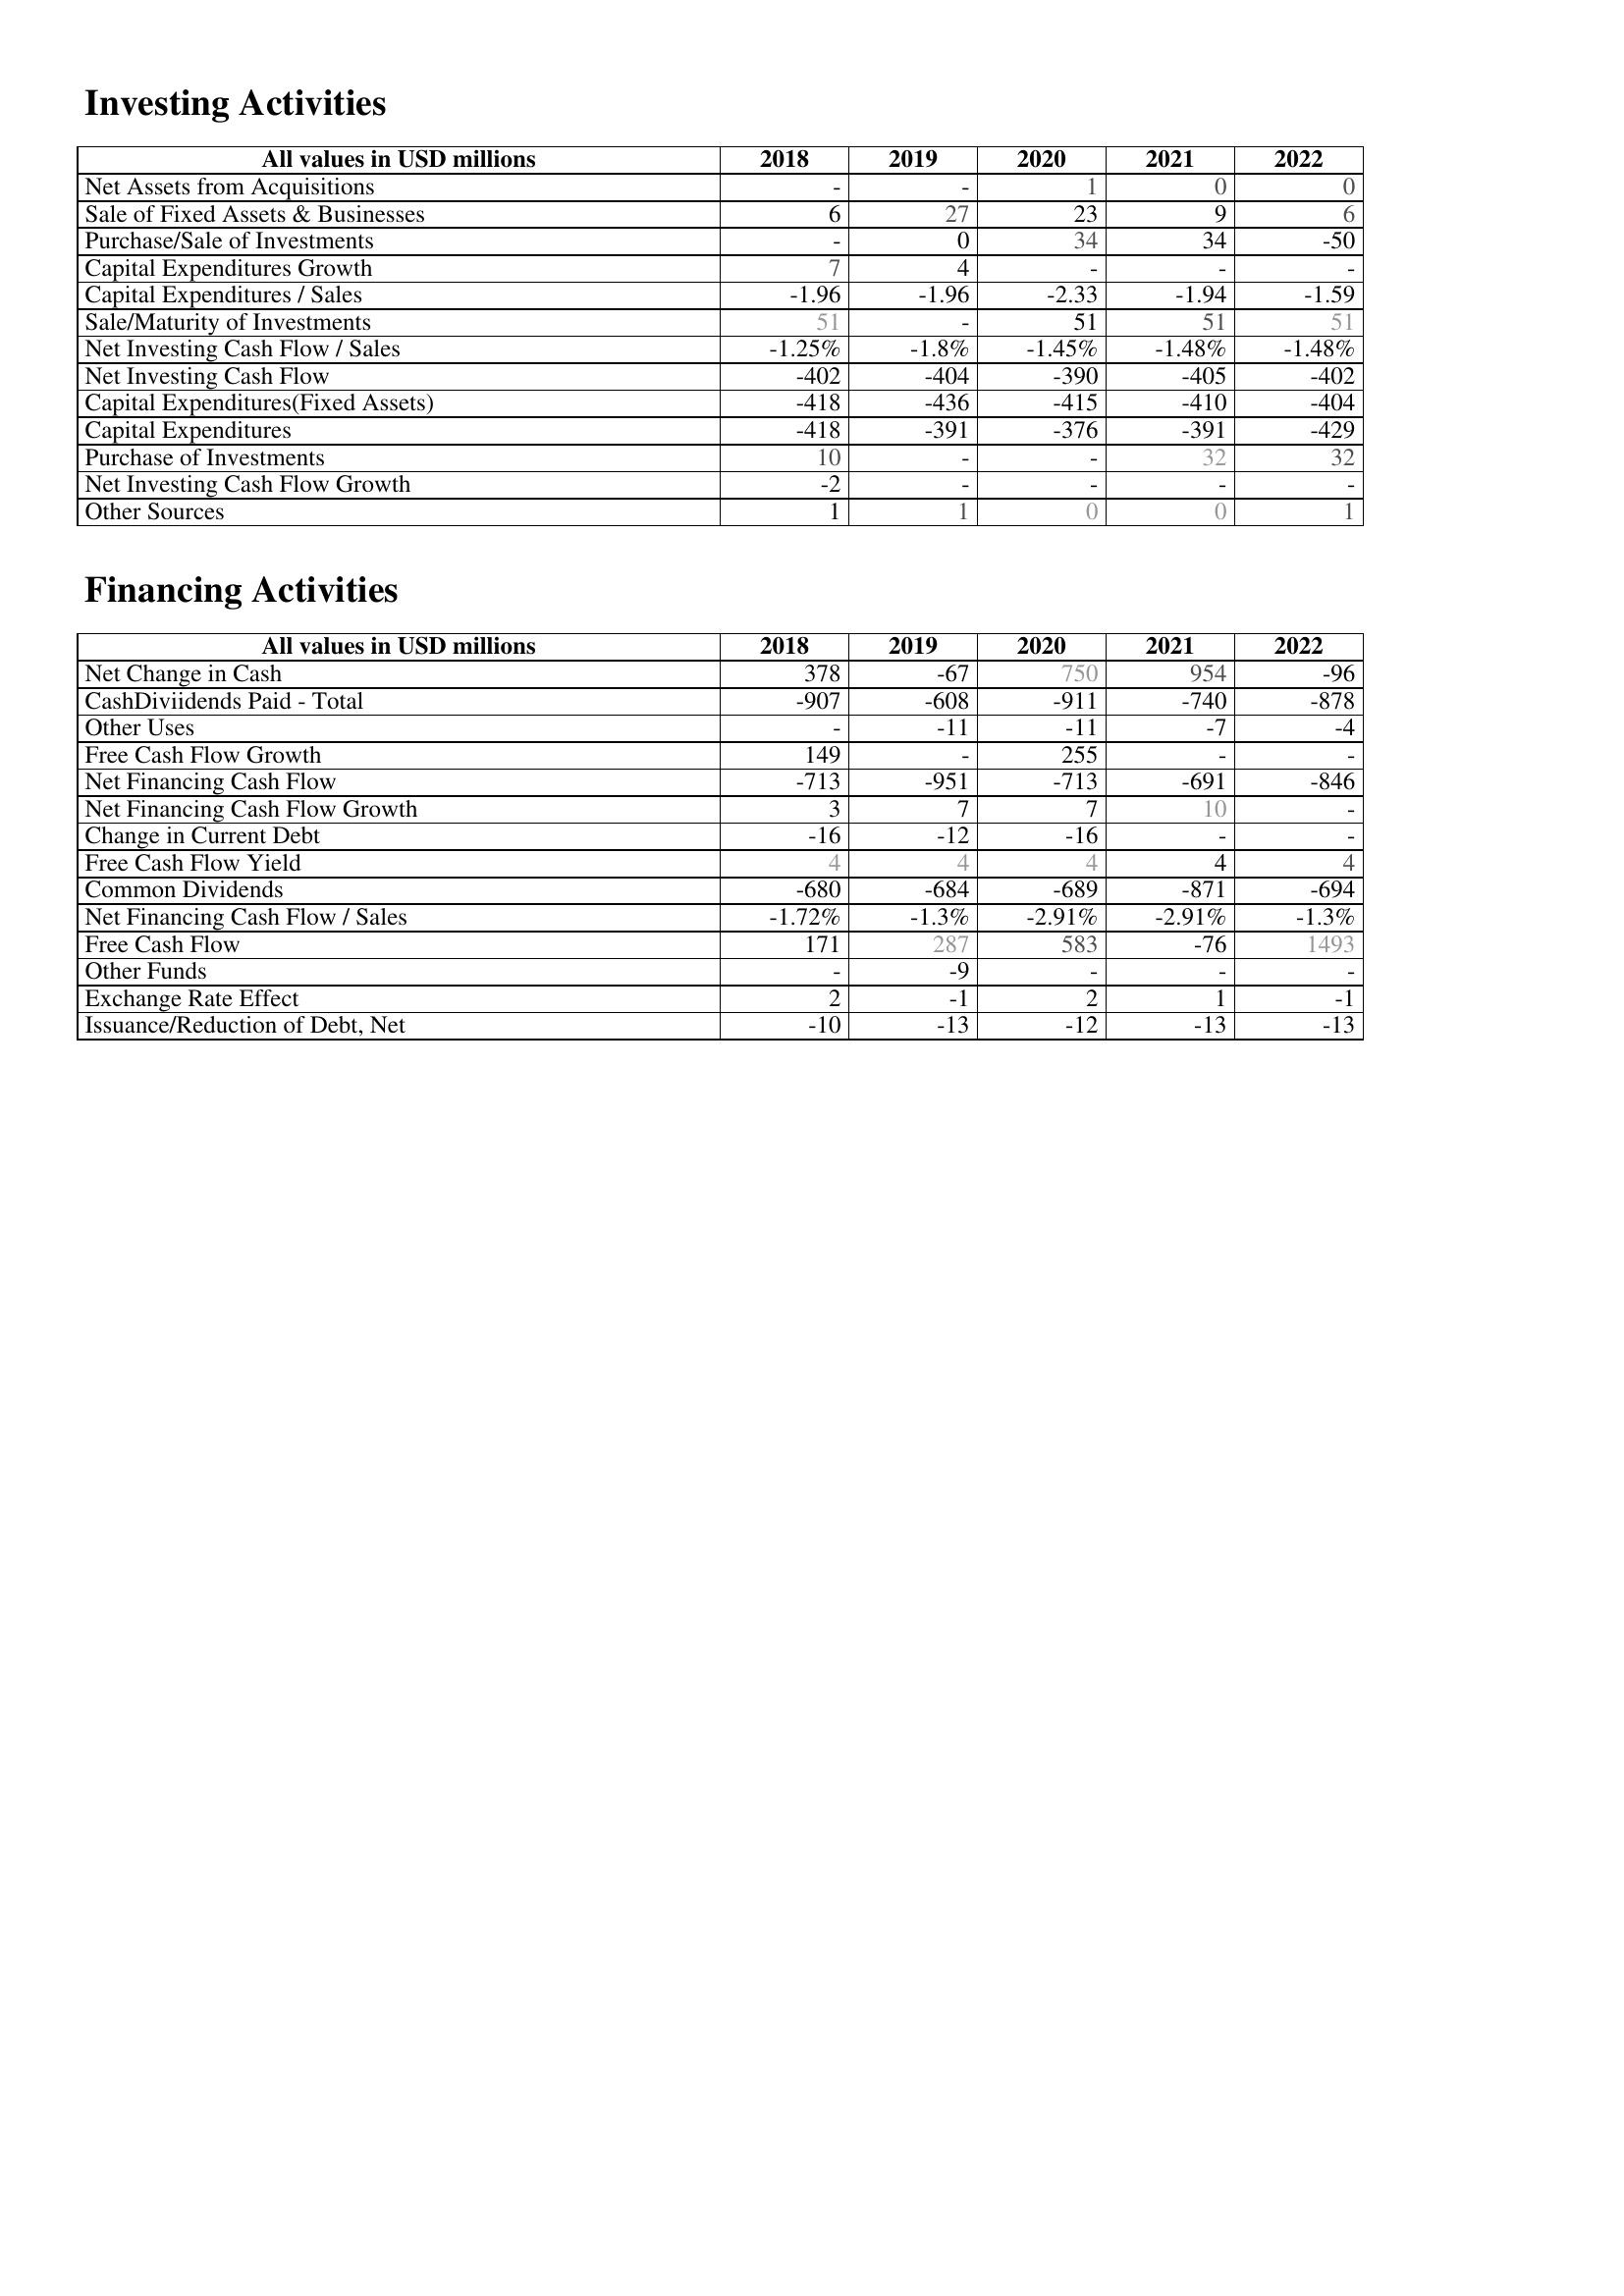
2018: Investing Activities: Net Assets from Acquisitions: -
Sale of Fixed Assets & Businesses: 6
Purchase/Sale of Investments: -
Capital Expenditures Growth: 7
Capital Expenditures / Sales: -1.96
Sale/Maturity of Investments: 51
Net Investing Cash Flow / Sales: -1.25%
Net Investing Cash Flow: -402
Capital Expenditures(Fixed Assets): -418
Capital Expenditures: -418
Purchase of Investments: 10
Net Investing Cash Flow Growth: -2
Other Sources: 1
Financing Activities: Net Change in Cash: 378
CashDiviidends Paid - Total: -907
Other Uses: -
Free Cash Flow Growth: 149
Net Financing Cash Flow: -713
Net Financing Cash Flow Growth: 3
Change in Current Debt: -16
Free Cash Flow Yield: 4
Common Dividends: -680
Net Financing Cash Flow / Sales: -1.72%
Free Cash Flow: 171
Other Funds: -
Exchange Rate Effect: 2
Issuance/Reduction of Debt, Net: -10
2019: Investing Activities: Net Assets from Acquisitions: -
Sale of Fixed Assets & Businesses: 27
Purchase/Sale of Investments: 0
Capital Expenditures Growth: 4
Capital Expenditures / Sales: -1.96
Sale/Maturity of Investments: -
Net Investing Cash Flow / Sales: -1.8%
Net Investing Cash Flow: -404
Capital Expenditures(Fixed Assets): -436
Capital Expenditures: -391
Purchase of Investments: -
Net Investing Cash Flow Growth: -
Other Sources: 1
Financing Activities: Net Change in Cash: -67
CashDiviidends Paid - Total: -608
Other Uses: -11
Free Cash Flow Growth: -
Net Financing Cash Flow: -951
Net Financing Cash Flow Growth: 7
Change in Current Debt: -12
Free Cash Flow Yield: 4
Common Dividends: -684
Net Financing Cash Flow / Sales: -1.3%
Free Cash Flow: 287
Other Funds: -9
Exchange Rate Effect: -1
Issuance/Reduction of Debt, Net: -13
2020: Investing Activities: Net Assets from Acquisitions: 1
Sale of Fixed Assets & Businesses: 23
Purchase/Sale of Investments: 34
Capital Expenditures Growth: -
Capital Expenditures / Sales: -2.33
Sale/Maturity of Investments: 51
Net Investing Cash Flow / Sales: -1.45%
Net Investing Cash Flow: -390
Capital Expenditures(Fixed Assets): -415
Capital Expenditures: -376
Purchase of Investments: -
Net Investing Cash Flow Growth: -
Other Sources: 0
Financing Activities: Net Change in Cash: 750
CashDiviidends Paid - Total: -911
Other Uses: -11
Free Cash Flow Growth: 255
Net Financing Cash Flow: -713
Net Financing Cash Flow Growth: 7
Change in Current Debt: -16
Free Cash Flow Yield: 4
Common Dividends: -689
Net Financing Cash Flow / Sales: -2.91%
Free Cash Flow: 583
Other Funds: -
Exchange Rate Effect: 2
Issuance/Reduction of Debt, Net: -12
2021: Investing Activities: Net Assets from Acquisitions: 0
Sale of Fixed Assets & Businesses: 9
Purchase/Sale of Investments: 34
Capital Expenditures Growth: -
Capital Expenditures / Sales: -1.94
Sale/Maturity of Investments: 51
Net Investing Cash Flow / Sales: -1.48%
Net Investing Cash Flow: -405
Capital Expenditures(Fixed Assets): -410
Capital Expenditures: -391
Purchase of Investments: 32
Net Investing Cash Flow Growth: -
Other Sources: 0
Financing Activities: Net Change in Cash: 954
CashDiviidends Paid - Total: -740
Other Uses: -7
Free Cash Flow Growth: -
Net Financing Cash Flow: -691
Net Financing Cash Flow Growth: 10
Change in Current Debt: -
Free Cash Flow Yield: 4
Common Dividends: -871
Net Financing Cash Flow / Sales: -2.91%
Free Cash Flow: -76
Other Funds: -
Exchange Rate Effect: 1
Issuance/Reduction of Debt, Net: -13
2022: Investing Activities: Net Assets from Acquisitions: 0
Sale of Fixed Assets & Businesses: 6
Purchase/Sale of Investments: -50
Capital Expenditures Growth: -
Capital Expenditures / Sales: -1.59
Sale/Maturity of Investments: 51
Net Investing Cash Flow / Sales: -1.48%
Net Investing Cash Flow: -402
Capital Expenditures(Fixed Assets): -404
Capital Expenditures: -429
Purchase of Investments: 32
Net Investing Cash Flow Growth: -
Other Sources: 1
Financing Activities: Net Change in Cash: -96
CashDiviidends Paid - Total: -878
Other Uses: -4
Free Cash Flow Growth: -
Net Financing Cash Flow: -846
Net Financing Cash Flow Growth: -
Change in Current Debt: -
Free Cash Flow Yield: 4
Common Dividends: -694
Net Financing Cash Flow / Sales: -1.3%
Free Cash Flow: 1493
Other Funds: -
Exchange Rate Effect: -1
Issuance/Reduction of Debt, Net: -13